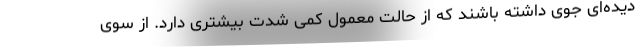
دیده‌ای جوی داشته باشند که از حالت معمول کمی شدت بیشتری دارد. از سوی